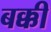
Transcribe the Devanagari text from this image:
बक्की